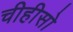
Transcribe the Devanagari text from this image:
चीहीसो